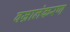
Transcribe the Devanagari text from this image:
वज्रालंकरण